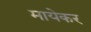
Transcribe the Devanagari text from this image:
मायेकर